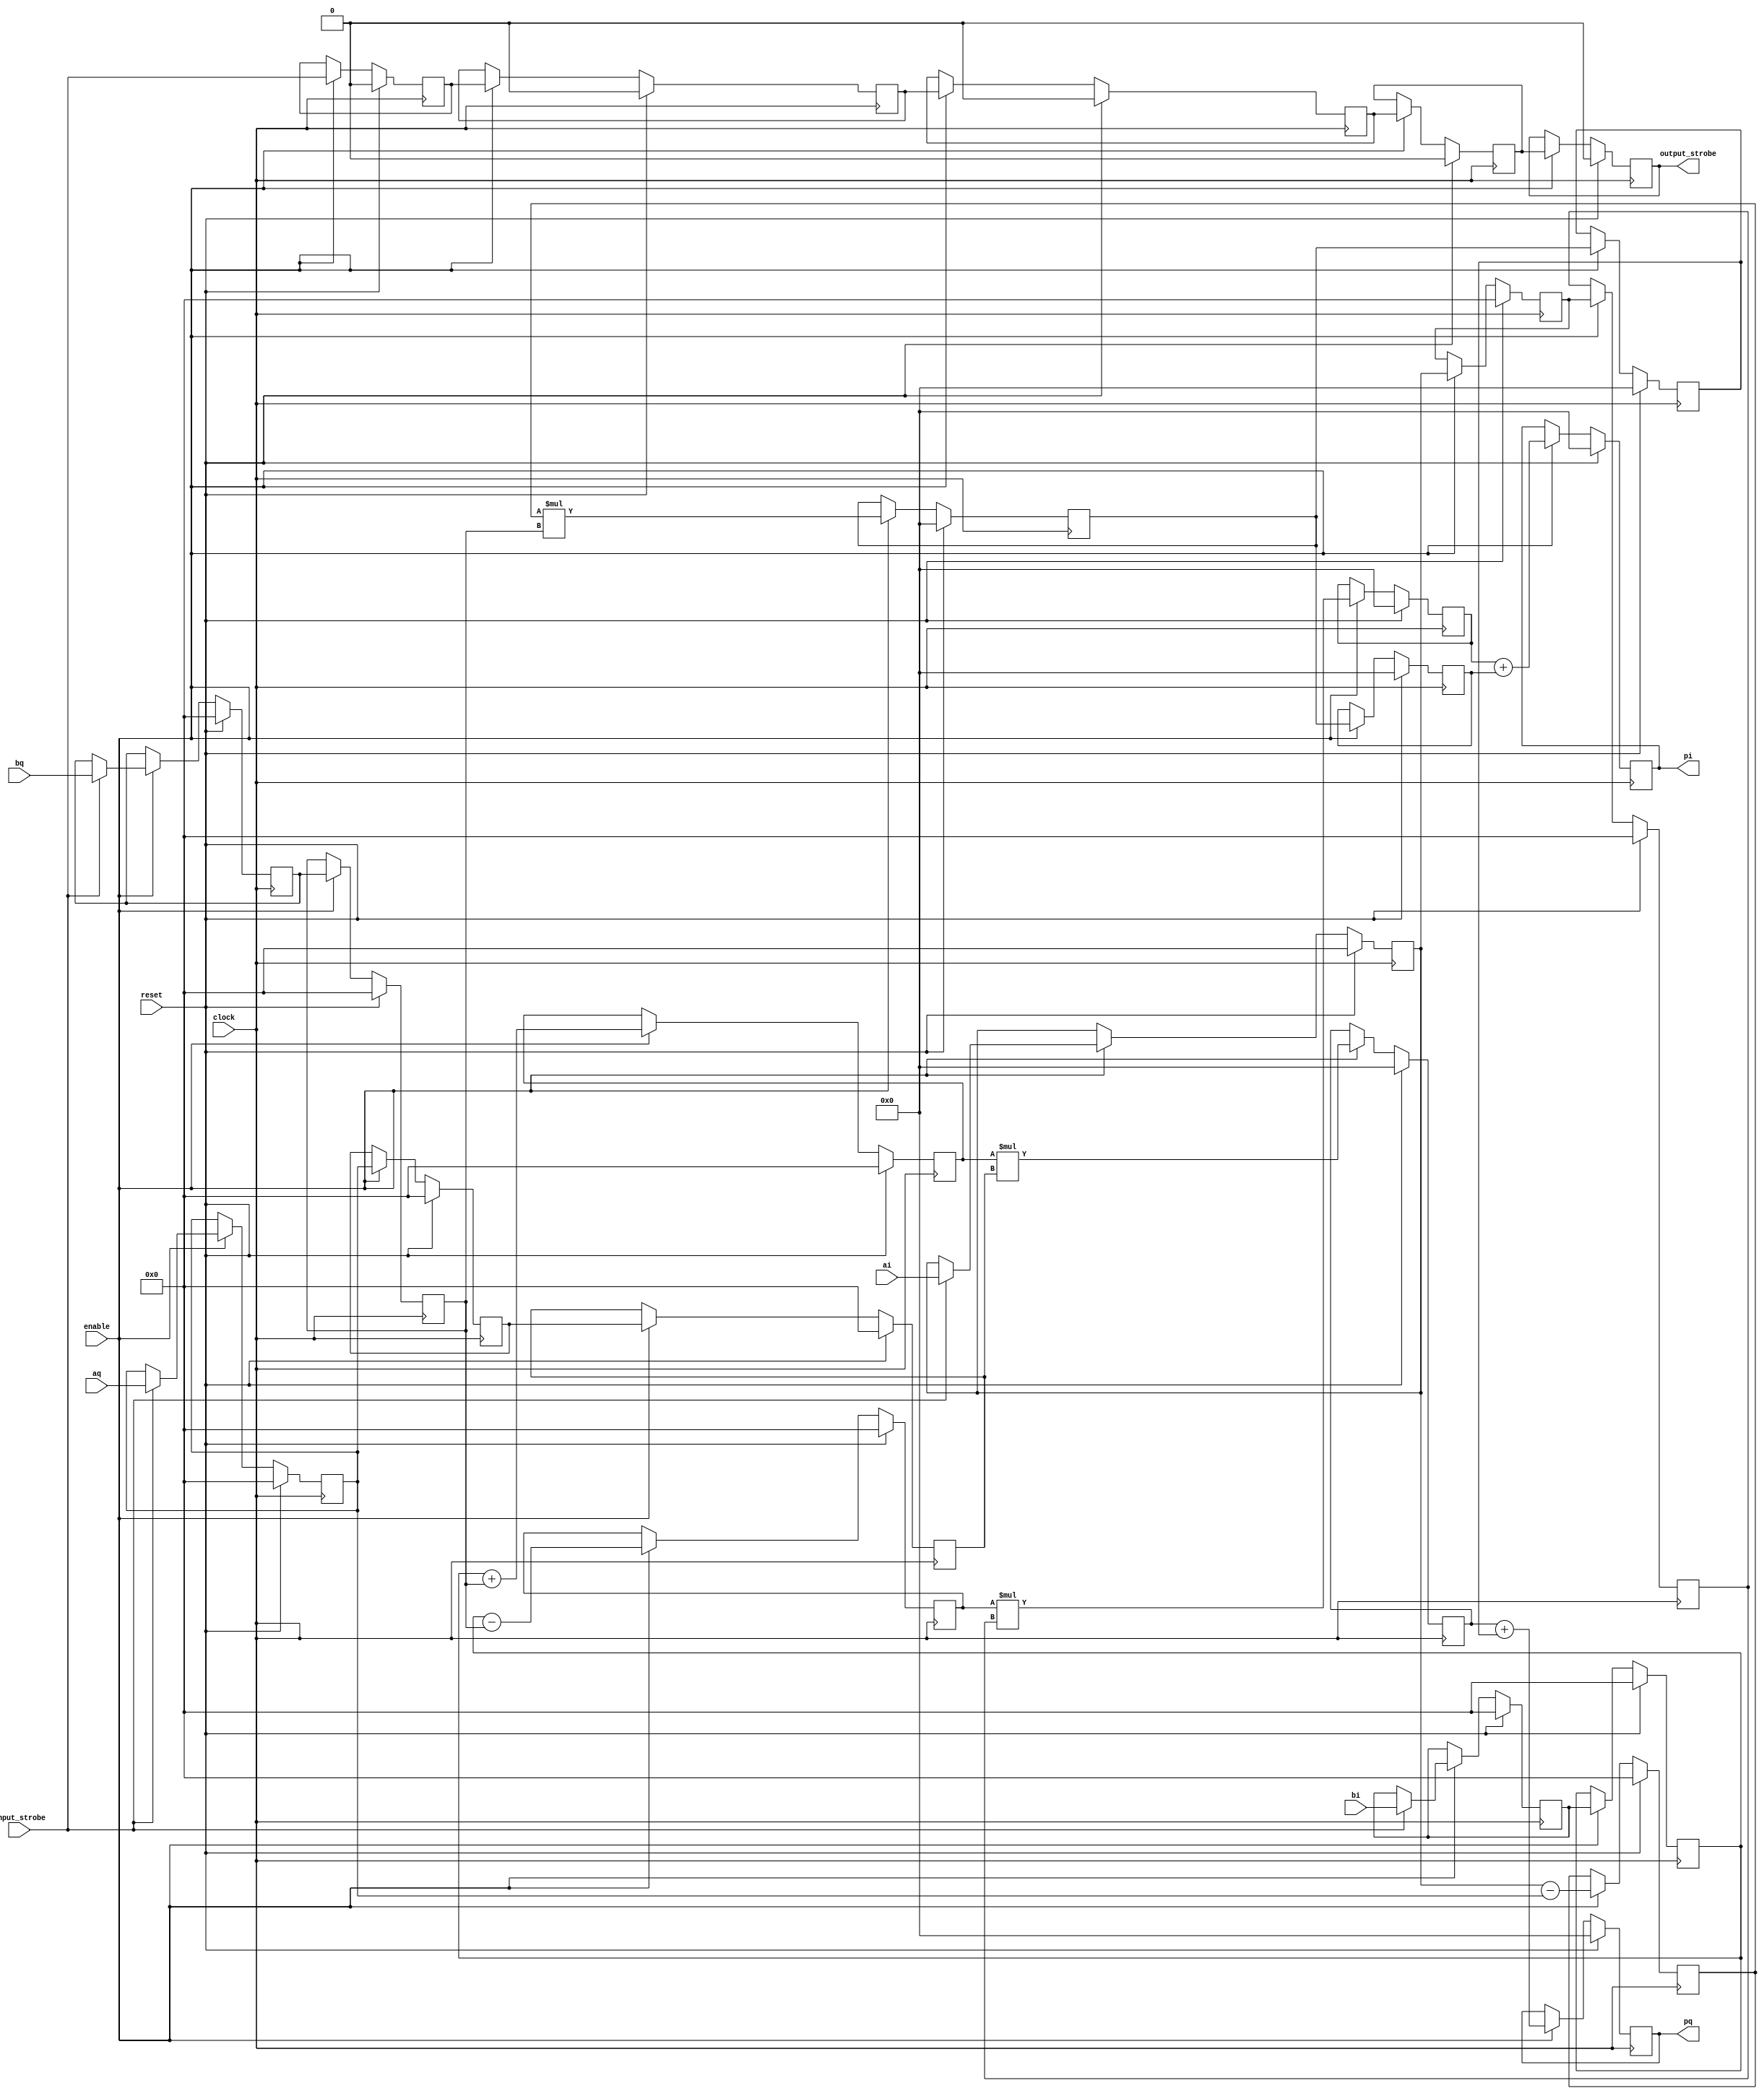
module complex_mult # (
  parameter AWIDTH = 16, 
  parameter BWIDTH = 16,
  parameter INC_LATENCY = 0,
  parameter OVERFLOW_AVOID = 0
) (
    input clock,
    input enable,
    input reset,

    input signed [AWIDTH-1:0] aq,
    input signed [AWIDTH-1:0] ai,
    input signed [BWIDTH-1:0] bq,
    input signed [BWIDTH-1:0] bi,
    input input_strobe,

    output signed [AWIDTH+BWIDTH-1:0] pq,
    output signed [AWIDTH+BWIDTH-1:0] pi,
    output output_strobe
);

localparam BASE_LATENCY  = 3;
localparam TOTAL_LATENCY = BASE_LATENCY+INC_LATENCY; //+2 due to signal registration

integer index = 0;

reg r_input_strobe[TOTAL_LATENCY:0];
reg r_output_strobe;
reg signed [AWIDTH-1:0] r_aq[TOTAL_LATENCY-1:0];
reg signed [AWIDTH-1:0] r_ai[TOTAL_LATENCY-1:0];
reg signed [BWIDTH-1:0] r_bq[TOTAL_LATENCY-2:0];
reg signed [BWIDTH-1:0] r_bi[TOTAL_LATENCY-2:0];
reg signed [AWIDTH-1:0] add_common;
reg signed [BWIDTH-1:0] addi, addq;
reg signed [AWIDTH+BWIDTH-1:0] mult, multi, multq, r_pi, r_pq;
reg signed [AWIDTH+BWIDTH-1:0] commoni, commonq;

  //register inputs
  always @(posedge clock)
  begin
    if(reset == 1'b1) begin
      for (index = 0; index < TOTAL_LATENCY; index = index + 1) begin
        r_aq[index] <= 0;
        r_ai[index] <= 0;
      end
      
      for (index = 0; index < TOTAL_LATENCY-1; index = index + 1) begin
        r_bq[index] <= 0;
        r_bi[index] <= 0;
      end
    end else begin
      if(enable == 1'b1) begin
        if(input_strobe == 1'b1) begin
          r_ai[0] <= ai;
          r_aq[0] <= aq;
          r_bi[0] <= bi;
          r_bq[0] <= bq;
        end
        
        //base pipeline is 3, we can add to it if we wish.
        for (index = 1; index < TOTAL_LATENCY; index = index + 1) begin
          r_aq[index] <= r_aq[index-1];
          r_ai[index] <= r_ai[index-1];
        end
        
        for (index = 1; index < TOTAL_LATENCY-1; index = index + 1) begin
          r_bq[index] <= r_bq[index-1];
          r_bi[index] <= r_bi[index-1];
        end
        
      end
    end
  end
  
  // Common factor (ai aq) x bq, shared for the calculations of the real and imaginary final products
  always @(posedge clock)
  begin
    if(reset == 1'b1) begin
      add_common <= 0;
      mult       <= 0;
    end else begin
      if(enable == 1'b1) begin
        add_common <= r_ai[0] - r_aq[0];
        mult       <= add_common * r_bq[1];
      end
    end
  end
  
  //input strobe reg to output
  always @(posedge clock)
  begin
    if(reset == 1'b1) begin
      for (index = 0; index < TOTAL_LATENCY+1; index = index + 1) begin
        r_input_strobe[index] <= 0;
      end
      
      r_output_strobe <= 0;
    end else begin
      if(enable == 1'b1) begin
        r_input_strobe[0]  <= input_strobe;

        for (index = 1; index < TOTAL_LATENCY+1; index = index + 1) begin
          r_input_strobe[index] <= r_input_strobe[index-1];
        end
        
        r_output_strobe <= r_input_strobe[TOTAL_LATENCY];
      end
    end
  end
  
  //Real
  always @(posedge clock)
  begin
    if(reset == 1'b1) begin
      addi    <= 0;
      multi   <= 0;
      commoni <= 0;
      r_pi    <= 0;
    end else begin
      if(enable == 1'b1) begin
        addi    <= r_bi[TOTAL_LATENCY-2] - r_bq[TOTAL_LATENCY-2];
        multi   <= addi * r_ai[TOTAL_LATENCY-1];
        commoni <= mult;
        r_pi    <= ((OVERFLOW_AVOID != 0) ? ((multi + commoni) >>> 1) : (multi + commoni));
      end
    end
  end
  
  //Imaginary
  always @(posedge clock)
  begin
    if(reset == 1'b1) begin
      addq    <= 0;
      multq   <= 0;
      commonq <= 0;
      r_pq    <= 0;
    end else begin
      if(enable == 1'b1) begin
        addq    <= r_bi[TOTAL_LATENCY-2] + r_bq[TOTAL_LATENCY-2];
        multq   <= addq * r_aq[TOTAL_LATENCY-1];
        commonq <= mult;
        r_pq    <= ((OVERFLOW_AVOID != 0) ? ((multq + commonq) >>> 1) : (multq + commonq));
      end
    end
  end
  
  assign pi = r_pi;
  assign pq = r_pq;
  
  assign output_strobe = r_output_strobe;
  
endmodule